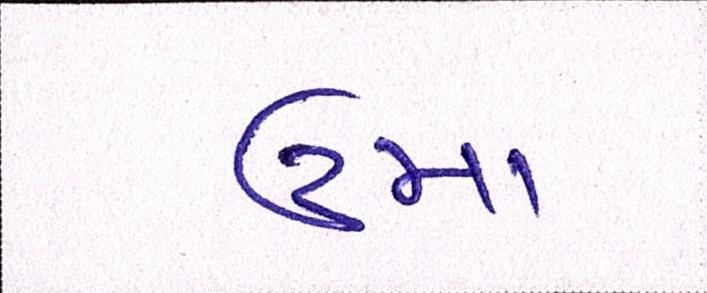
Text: ઉમા